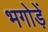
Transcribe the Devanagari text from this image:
भगोड़ें